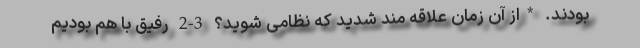
بودند. *از آن زمان علاقه مند شدید که نظامی شوید؟ 3-2 رفیق با هم بودیم